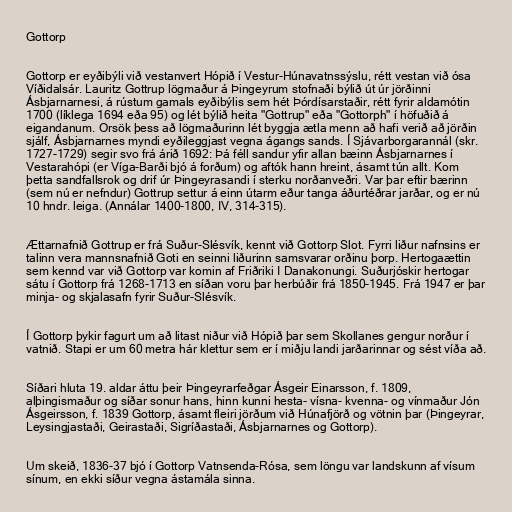
Gottorp

Gottorp er eyðibýli við vestanvert Hópið í Vestur-Húnavatnssýslu, rétt vestan við ósa
Víðidalsár. Lauritz Gottrup lögmaður á Þingeyrum stofnaði býlið út úr jörðinni
Ásbjarnarnesi, á rústum gamals eyðibýlis sem hét Þórdísarstaðir, rétt fyrir aldamótin
1700 (líklega 1694 eða 95) og lét býlið heita "Gottrup" eða "Gottorph" í höfuðið á
eigandanum. Orsök þess að lögmaðurinn lét byggja ætla menn að hafi verið að jörðin
sjálf, Ásbjarnarnes myndi eyðileggjast vegna ágangs sands. Í Sjávarborgarannál (skr.
1727-1729) segir svo frá árið 1692: Þá féll sandur yfir allan bæinn Ásbjarnarnes í
Vestarahópi (er Víga-Barði bjó á forðum) og aftók hann hreint, ásamt tún allt. Kom
þetta sandfallsrok og drif úr Þingeyrasandi í sterku norðanveðri. Var þar eftir bærinn
(sem nú er nefndur) Gottrup settur á einn útarm eður tanga áðurtéðrar jarðar, og er nú
10 hndr. leiga. (Annálar 1400-1800, IV, 314-315).

Ættarnafnið Gottrup er frá Suður-Slésvík, kennt við Gottorp Slot. Fyrri liður nafnsins er
talinn vera mannsnafnið Goti en seinni liðurinn samsvarar orðinu þorp. Hertogaættin
sem kennd var við Gottorp var komin af Friðriki I Danakonungi. Suðurjóskir hertogar
sátu í Gottorp frá 1268-1713 en síðan voru þar herbúðir frá 1850-1945. Frá 1947 er þar
minja- og skjalasafn fyrir Suður-Slésvík.

Í Gottorp þykir fagurt um að litast niður við Hópið þar sem Skollanes gengur norður í
vatnið. Stapi er um 60 metra hár klettur sem er í miðju landi jarðarinnar og sést víða að.

Síðari hluta 19. aldar áttu þeir Þingeyrarfeðgar Ásgeir Einarsson, f. 1809,
alþingismaður og síðar sonur hans, hinn kunni hesta- vísna- kvenna- og vínmaður Jón
Ásgeirsson, f. 1839 Gottorp, ásamt fleiri jörðum við Húnafjörð og vötnin þar (Þingeyrar,
Leysingjastaði, Geirastaði, Sigríðastaði, Ásbjarnarnes og Gottorp).

Um skeið, 1836-37 bjó í Gottorp Vatnsenda-Rósa, sem löngu var landskunn af vísum
sínum, en ekki síður vegna ástamála sinna.